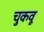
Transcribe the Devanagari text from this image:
चुकवू